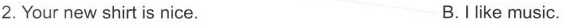
2.Your new shirt is nice. B.Ilike music.